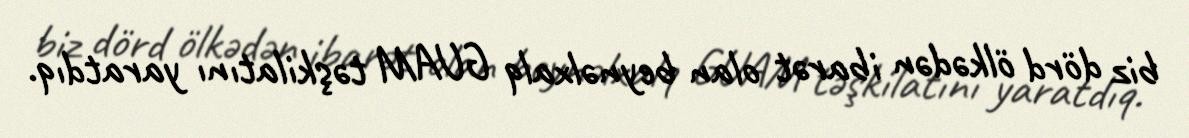
biz dörd ölkədən ibarət olan beynəlxalq GUAM təşkilatını yaratdıq.